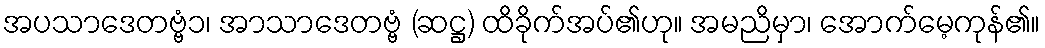
အပသာဒေတဗ္ဗံ၁၊ အာသာဒေတဗ္ဗံ (ဆဋ္ဌ) ထိခိုက်အပ်၏ဟု။ အမညိမှာ၊ အောက်မေ့ကုန်၏။